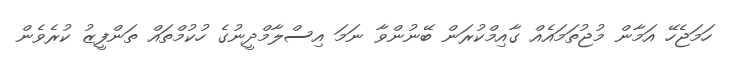
ހަމަޖެހޭ އަމާން މުޖުތަމައެއް ގާއިމްކުރަން ބޭނުންވާ ނަމަ އިސްލާމްދީނުގެ ހުކުމްތައް ތަންފީޒު ކުރެވެން